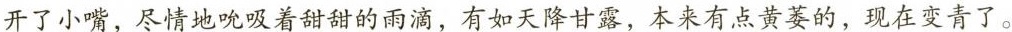
开了小嘴，尽情地吮吸着甜甜的雨滴，有如天降甘露，本来有点黄萎的，现在变青了。